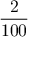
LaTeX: \frac { 2 } { 1 0 0 }